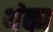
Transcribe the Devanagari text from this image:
थंका